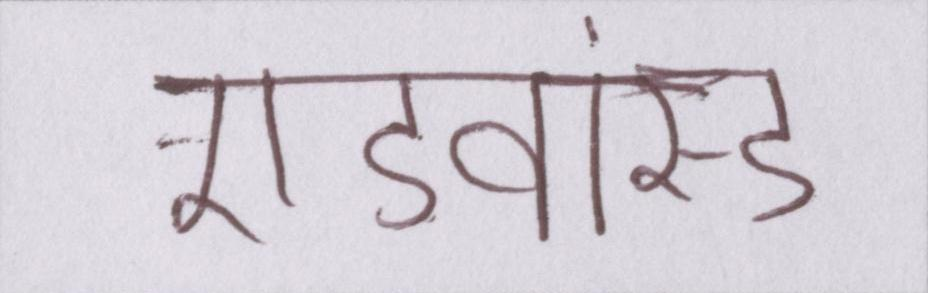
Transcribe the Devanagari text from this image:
एडवांस्ड